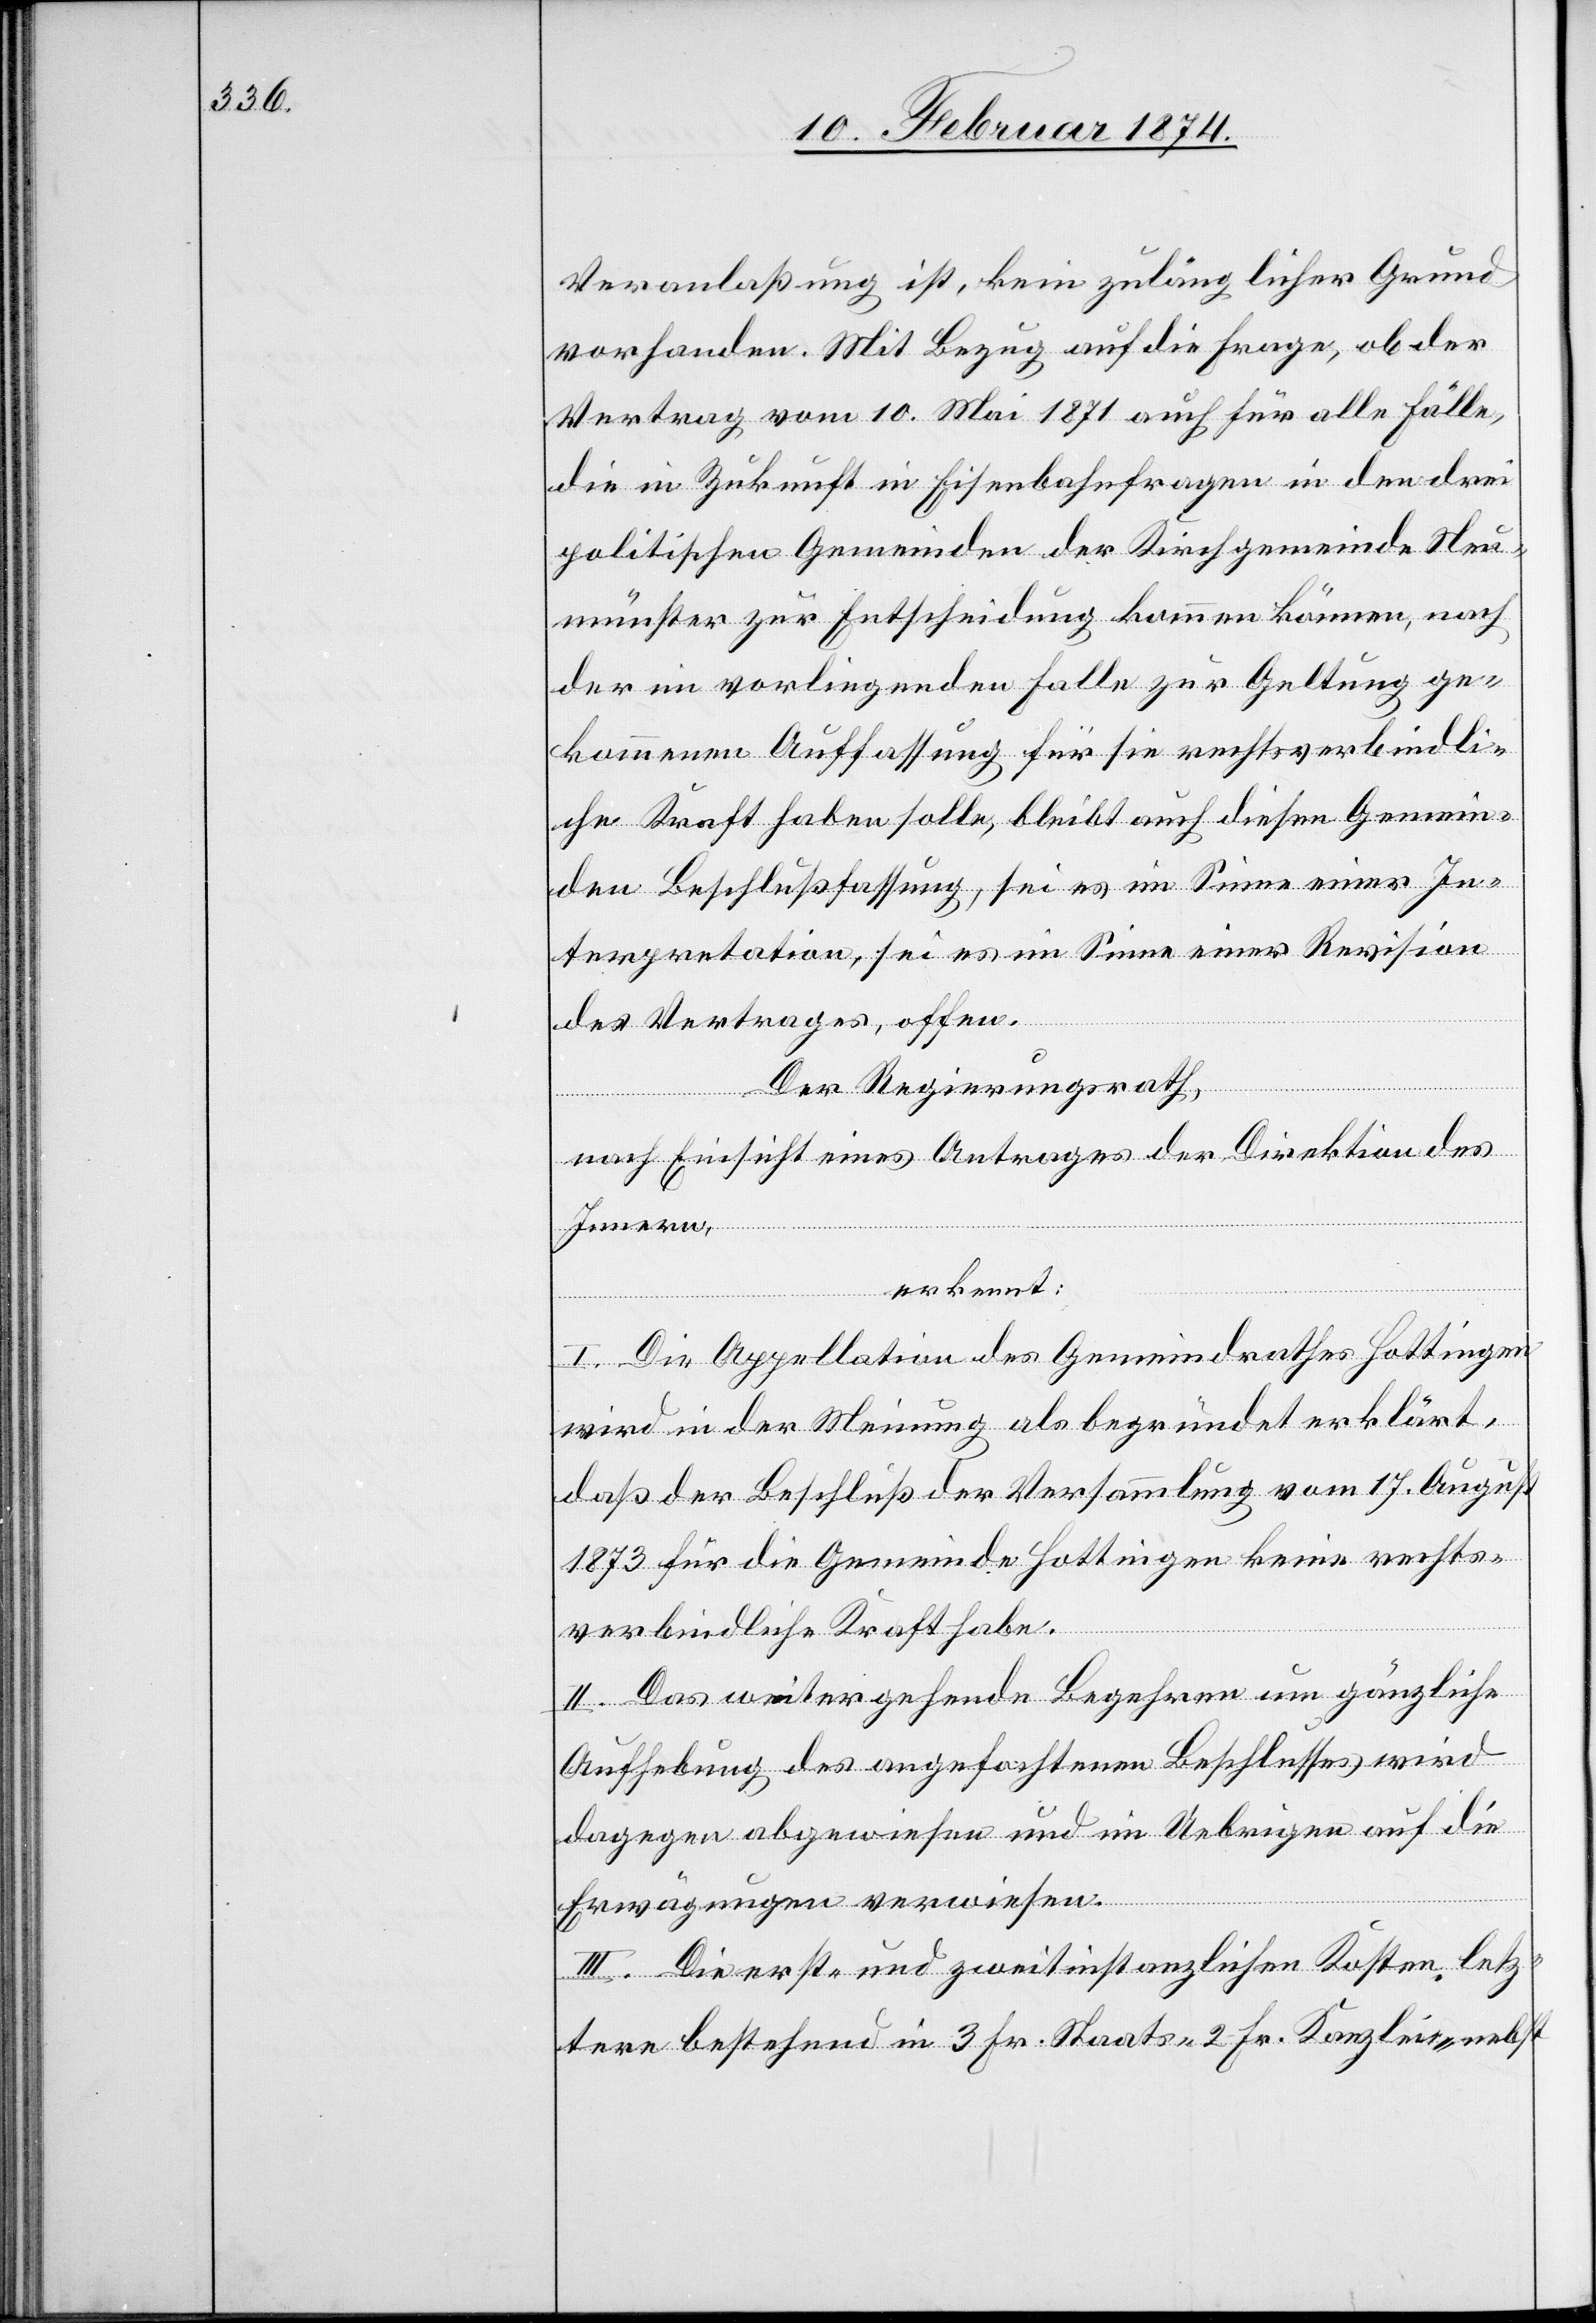
Veranlaßung ist, kein zulänglicher Grund
vorhanden. Mit Bezug auf die Frage, ob der
Vertrag vom 10. Mai 1871 auch für alle Fälle,
die in Zukunft in Eisenbahnfragen in den drei
politischen Gemeinden der Kirchgemeinde Neu¬
münster zur Entscheidung kommen können, nach
der im vorliegenden Falle zur Geltung ge¬
kommenen Auffassung für sie rechtsverbindli¬
che Kraft haben solle, bleibt auch diesen Gemein¬
den Beschlußfassung, sei es im Sinne einer In¬
terpretation, sei es im Sinne einer Revision
des Vertrages, offen.
Der Regierungsrath,
nach Einsicht eines Antrages der Direktion des
Innern,
erkennt:
I. Die Appellation des Gemeindrathes Hottingen
wird in der Meinung als begründet erklärt,
daß der Beschluß der Versammlung vom 17. August
1873 für die Gemeinde Hottingen keine rechts¬
verbindliche Kraft habe.
II. Das weitergehende Begehren um gänzliche
Aufhebung des angefochtenen Beschlusses wird
dagegen abgewiesen und im Uebrigen auf die
Erwägungen verwiesen.
III. Die erst- und zweitinstanzlichen Kosten letz¬
tere bestehend in 3 Fr. Staats-[,] 2 Fr. Kanzlei-[,] nebst